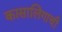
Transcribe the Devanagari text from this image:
कासालिगाची